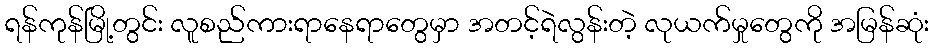
ရန်ကုန်မြို့တွင်း လူစည်ကားရာနေရာတွေမှာ အတင့်ရဲလွန်းတဲ့ လုယက်မှုတွေကို အမြန်ဆုံး